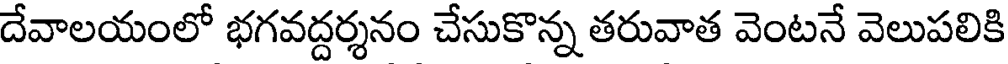
దేవాలయంలో భగవద్దర్శనం చేసుకొన్న తరువాత వెంటనే వెలుపలికి